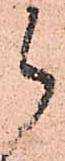
候